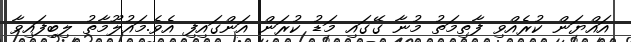
އައްޔަން ކުރެއްވި ފާތިމަތު މުނާ ގޭގައި މަޑު ކުރަން އަންގައިފި އެވެ.މައުލޫމާތު ލިބިފައިވާ